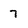
Character: 7